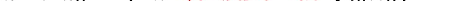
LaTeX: \smash{a\to a_{0}\equiv\bigl(2\pi^{2}\ensuremath{\mathcal{N}_{\! p}{\! \: }}n_{0}\bigr)^{-1/3}}